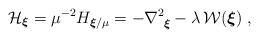
LaTeX: \begin{align*}{\mathcal H}_{ { \mbox{\boldmath $ \scriptstyle{\xi}$}} }= \mu^{-2} H_{\mbox{\boldmath $\scriptstyle{ \xi}$}/\mu }=- \nabla_{ \mbox{ \boldmath $\scriptstyle{ \xi}$} }^2- \lambda \, {\mathcal W}( \mbox{\boldmath $ \xi$})\; ,\end{align*}